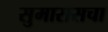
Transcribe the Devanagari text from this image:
सुमारासचा